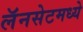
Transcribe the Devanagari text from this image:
लॅनसेटमध्ये